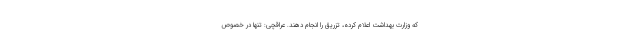
که وزارت بهداشت اعلام کرده، تزریق را انجام دهند. عراقچی: تنها در خصوص